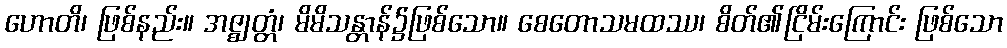
ဟောတိ၊ ဖြစ်နည်း။ အဇ္ဈတ္တံ၊ မိမိသန္တာန်၌ဖြစ်သော။ စေတောသမထဿ၊ စိတ်၏ငြိမ်းကြောင်း ဖြစ်သော